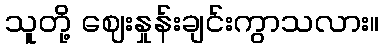
သူတို့ ဈေးနှုန်းချင်းကွာသလား။